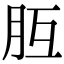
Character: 𦙁